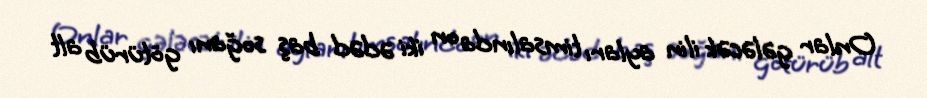
Onlar gələcək ilin ayları timsalında on iki ədəd baş soğanı götürüb alt